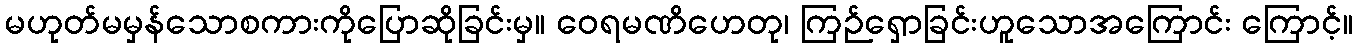
မဟုတ်မမှန်သောစကားကိုပြောဆိုခြင်းမှ။ ဝေရမဏိဟေတု၊ ကြဉ်ရှောခြင်းဟူသောအကြောင်း ကြောင့်။